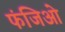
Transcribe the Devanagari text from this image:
फंजिओ